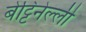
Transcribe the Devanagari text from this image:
बेट्टिनेल्ली